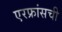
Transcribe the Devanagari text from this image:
एरफ्रांसची